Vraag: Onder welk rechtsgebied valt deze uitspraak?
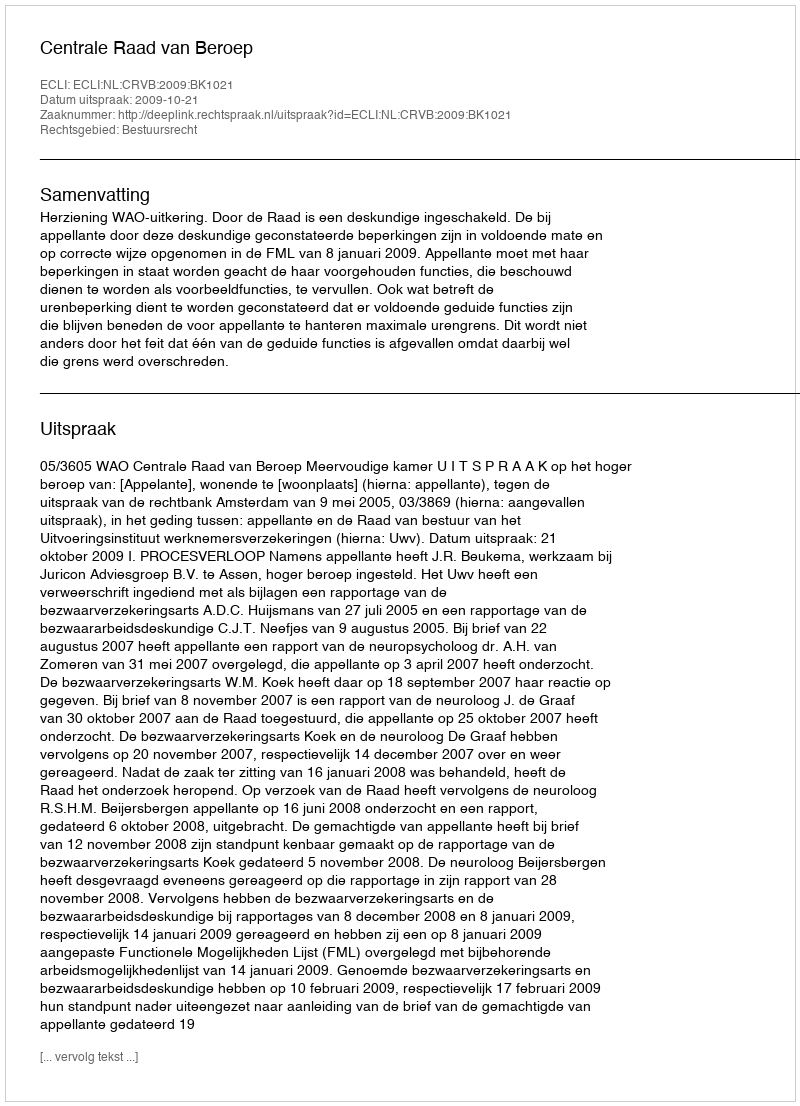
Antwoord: Bestuursrecht